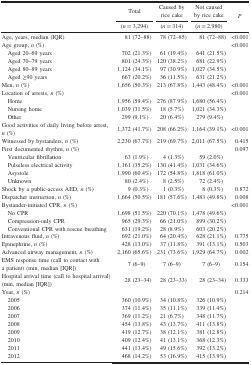
<table><thead><tr><td rowspan="3"><b> </b></td><td><b>Total</b></td><td><b>Caused byrice cake</b></td><td><b>Not causedby rice cake</b></td><td rowspan="3"><b><i>P</i></b></td></tr><tr><td><b>(<i>n</i> = 3,294)</b></td><td><b>(<i>n</i> = 314)</b></td><td><b>(<i>n</i> = 2,980)</b></td></tr></thead><tbody><tr><td>Age, years, median (IQR)</td><td>81 (72–88)</td><td>78 (72–85)</td><td>81 (72–88)</td><td>&lt;0.001</td></tr><tr><td>Age group, <i>n</i> (%)</td><td> </td><td> </td><td> </td><td>&lt;0.001</td></tr><tr><td> Aged 20–69 years</td><td>702 (21.3%)</td><td>61 (19.4%)</td><td>641 (21.5%)</td><td> </td></tr><tr><td> Aged 70–79 years</td><td>801 (24.3%)</td><td>120 (38.2%)</td><td>681 (22.9%)</td><td> </td></tr><tr><td> Aged 80–89 years</td><td>1,124 (34.1%)</td><td>97 (30.9%)</td><td>1,027 (34.5%)</td><td> </td></tr><tr><td> Aged ≥90 years</td><td>667 (20.2%)</td><td>36 (11.5%)</td><td>631 (21.2%)</td><td> </td></tr><tr><td>Men, <i>n</i> (%)</td><td>1,656 (50.3%)</td><td>213 (67.8%)</td><td>1,443 (48.4%)</td><td>&lt;0.001</td></tr><tr><td>Location of arrests, <i>n</i> (%)</td><td> </td><td> </td><td> </td><td>&lt;0.001</td></tr><tr><td> Home</td><td>1,956 (59.4%)</td><td>276 (87.9%)</td><td>1,680 (56.4%)</td><td> </td></tr><tr><td> Nursing home</td><td>1,039 (31.5%)</td><td>18 (5.7%)</td><td>1,021 (34.3%)</td><td> </td></tr><tr><td> Other</td><td>299 (9.1%)</td><td>20 (6.4%)</td><td>279 (9.4%)</td><td> </td></tr><tr><td>Good activities of daily living before arrest,<i>n</i> (%)</td><td>1,372 (41.7%)</td><td>208 (66.2%)</td><td>1,164 (39.1%)</td><td>&lt;0.001</td></tr><tr><td>Witnessed by bystanders, <i>n</i> (%)</td><td>2,230 (67.7%)</td><td>219 (69.7%)</td><td>2,011 (67.5%)</td><td>0.415</td></tr><tr><td>First documented rhythm, <i>n</i> (%)</td><td> </td><td> </td><td> </td><td>0.097</td></tr><tr><td> Ventricular fibrillation</td><td>63 (1.9%)</td><td>4 (1.3%)</td><td>59 (2.0%)</td><td> </td></tr><tr><td> Pulseless electrical activity</td><td>1,161 (35.2%)</td><td>130 (41.4%)</td><td>1,031 (34.6%)</td><td> </td></tr><tr><td> Asystole</td><td>1,990 (60.4%)</td><td>172 (54.8%)</td><td>1,818 (61.0%)</td><td> </td></tr><tr><td> Unknown</td><td>80 (2.4%)</td><td>8 (2.5%)</td><td>72 (2.4%)</td><td> </td></tr><tr><td>Shock by a public-access AED, <i>n</i> (%)</td><td>9 (0.3%)</td><td>1 (0.3%)</td><td>8 (0.3%)</td><td>0.872</td></tr><tr><td>Dispatcher instruction, <i>n</i> (%)</td><td>1,664 (50.5%)</td><td>181 (57.6%)</td><td>1,483 (49.8%)</td><td>0.008</td></tr><tr><td>Bystander-initiated CPR, <i>n</i> (%)</td><td> </td><td> </td><td> </td><td>&lt;0.001</td></tr><tr><td> No CPR</td><td>1,698 (51.5%)</td><td>220 (70.1%)</td><td>1,478 (49.6%)</td><td> </td></tr><tr><td> Compression-only CPR</td><td>965 (29.3%)</td><td>66 (21.0%)</td><td>899 (30.2%)</td><td> </td></tr><tr><td> Conventional CPR with rescue breathing</td><td>631 (19.2%)</td><td>28 (8.9%)</td><td>603 (20.2%)</td><td> </td></tr><tr><td>Intravenous fluid, <i>n</i> (%)</td><td>692 (21.0%)</td><td>64 (20.4%)</td><td>628 (21.1%)</td><td>0.775</td></tr><tr><td>Epinephrine, <i>n</i> (%)</td><td>428 (13.0%)</td><td>37 (11.8%)</td><td>391 (13.1%)</td><td>0.503</td></tr><tr><td>Advanced airway management, <i>n</i> (%)</td><td>2,160 (65.6%)</td><td>231 (73.6%)</td><td>1,929 (64.7%)</td><td>0.002</td></tr><tr><td>EMS response time (call to contact witha patient) (min, median [IQR])</td><td>7 (6–9)</td><td>7 (6–9)</td><td>7 (6–9)</td><td>0.154</td></tr><tr><td>Hospital arrival time (call to hospital arrival)(min, median [IQR])</td><td>28 (23–34)</td><td>28 (23–33)</td><td>28 (23–34)</td><td>0.333</td></tr><tr><td>Year, <i>n</i> (%)</td><td> </td><td> </td><td> </td><td>0.214</td></tr><tr><td> 2005</td><td>360 (10.9%)</td><td>34 (10.8%)</td><td>326 (10.9%)</td><td> </td></tr><tr><td> 2006</td><td>374 (11.4%)</td><td>35 (11.1%)</td><td>339 (11.4%)</td><td> </td></tr><tr><td> 2007</td><td>369 (11.2%)</td><td>21 (6.7%)</td><td>348 (11.7%)</td><td> </td></tr><tr><td> 2008</td><td>454 (13.8%)</td><td>43 (13.7%)</td><td>411 (13.8%)</td><td> </td></tr><tr><td> 2009</td><td>419 (12.7%)</td><td>38 (12.1%)</td><td>381 (12.8%)</td><td> </td></tr><tr><td> 2010</td><td>409 (12.4%)</td><td>41 (13.1%)</td><td>368 (12.3%)</td><td> </td></tr><tr><td> 2011</td><td>441 (13.4%)</td><td>49 (15.6%)</td><td>392 (13.2%)</td><td> </td></tr><tr><td> 2012</td><td>468 (14.2%)</td><td>53 (16.9%)</td><td>415 (13.9%)</td><td> </td></tr></tbody></table>